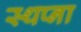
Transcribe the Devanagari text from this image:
स्थप्ना